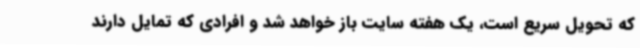
که تحویل سریع است، یک هفته سایت باز خواهد شد و افرادی که تمایل دارند